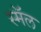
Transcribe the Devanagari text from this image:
स्मॅल